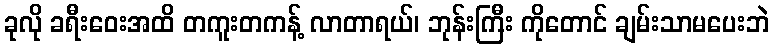
ခုလို ခရီးဝေးအထိ တကူးတကန့် လာတာရယ်၊ ဘုန်းကြီး ကိုတောင် ချမ်းသာမပေးဘဲ